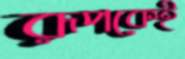
রূপকেই